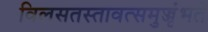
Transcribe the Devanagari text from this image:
विलसतस्तावत्समुज्जृंभते